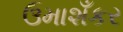
ઉમાશઁકર